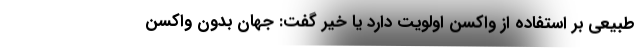
طبیعی بر استفاده از واکسن اولویت دارد یا خیر گفت: جهان بدون واکسن